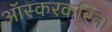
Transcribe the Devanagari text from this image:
ऑस्करकरिता